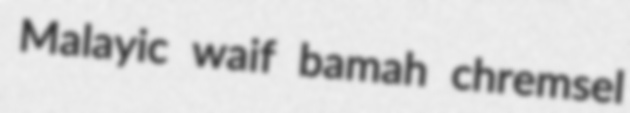
Malayic waif bamah chremsel